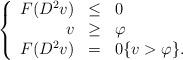
LaTeX: \begin{align*} \left\{ \begin{array}{rcl} F(D^2v) & \leq & 0\\ v & \geq & \varphi\\ F(D^2v) & = & 0 \{v > \varphi\}. \end{array} \right.\end{align*}